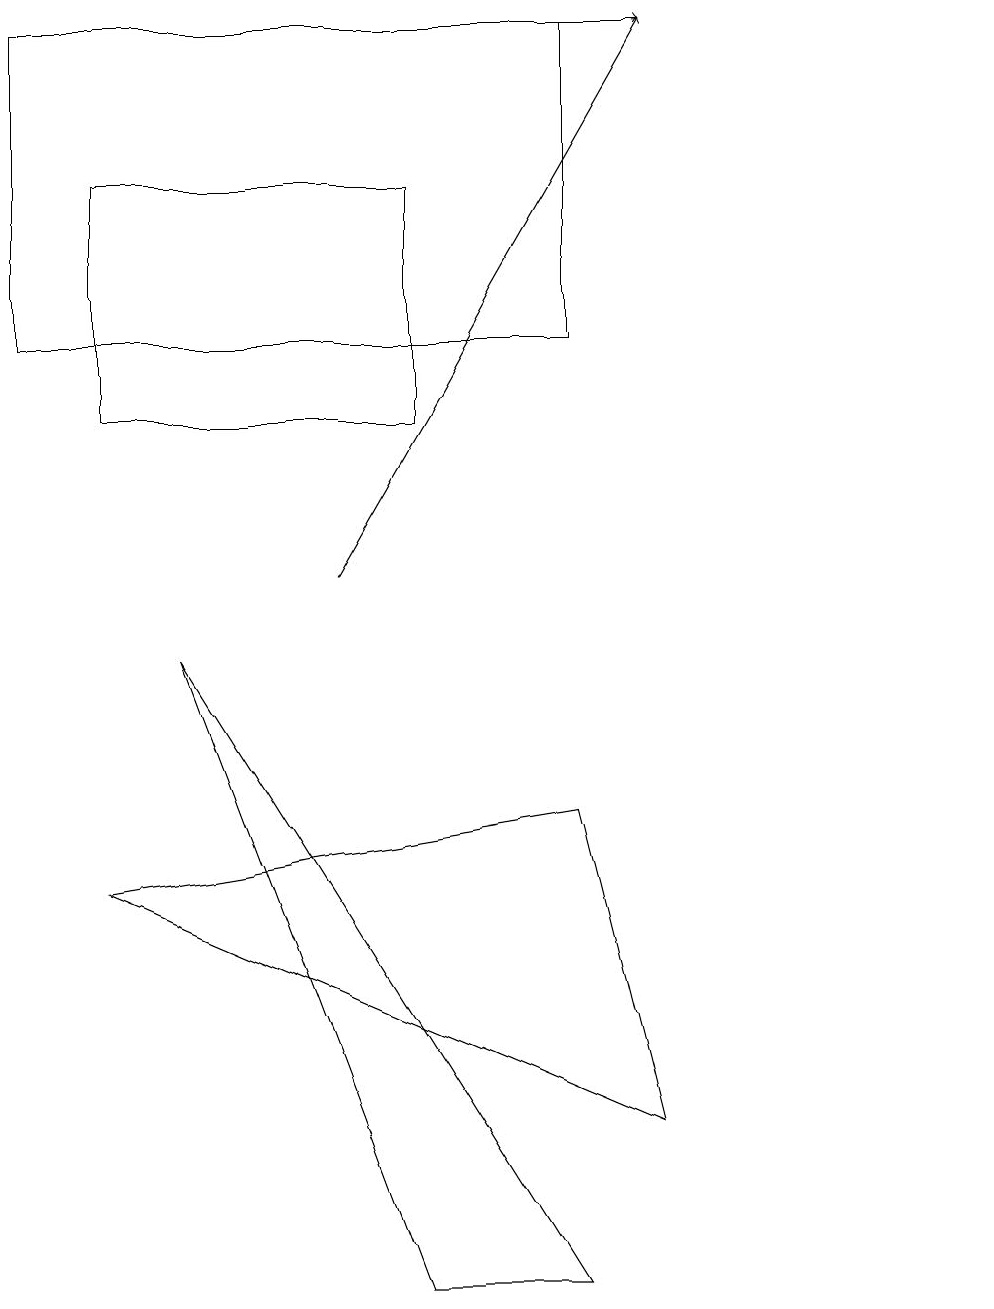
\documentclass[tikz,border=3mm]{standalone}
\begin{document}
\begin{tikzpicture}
\draw[->] (1,17) -- (8,17);
\draw (7,13) rectangle (0,17);
\draw (7,7) -- (1,6) -- (8,3) -- cycle;
\draw (12,11) circle (0);
\draw (1,15) rectangle (5,12);
\draw[->] (4,10) -- (8,17);
\draw (5,1) -- (2,9) -- (7,1) -- cycle;
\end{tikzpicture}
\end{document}